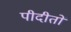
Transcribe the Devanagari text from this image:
पीदीतों